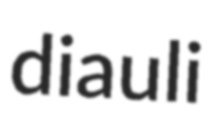
diauli